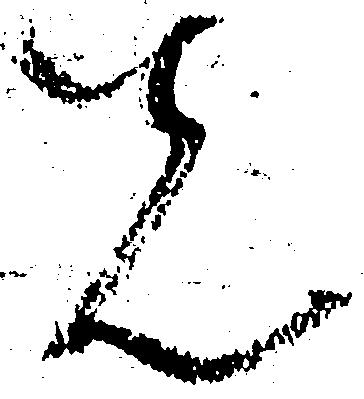
先